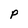
Character: P